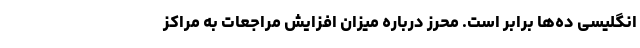
انگلیسی ده‌ها برابر است. محرز درباره میزان افزایش مراجعات به مراکز